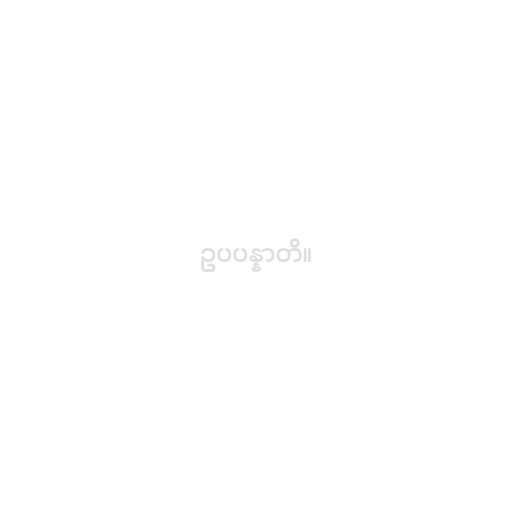
ဥပပန္နာတိ။